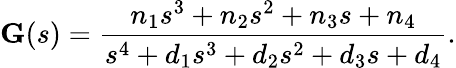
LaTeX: {\textbf{G}}(s)={\frac{n_{1}s^{3}+n_{2}s^{2}+n_{3}s+n_{4}}{s^{4}+d_{1}s^{3}+d_{2}s^{2}+d_{3}s+d_{4}}}.